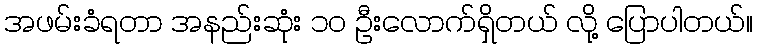
အဖမ်းခံရတာ အနည်းဆုံး ၁၀ ဦးလောက်ရှိတယ် လို့ ပြောပါတယ်။